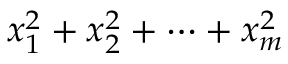
x _ { 1 } ^ { 2 } + x _ { 2 } ^ { 2 } + \cdots + x _ { m } ^ { 2 }